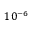
1 0 ^ { - 6 }